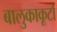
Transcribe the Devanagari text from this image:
बालुकाकूटों